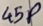
Text: 45P